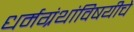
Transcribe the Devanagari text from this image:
धर्मग्रंथांविषयीचे